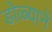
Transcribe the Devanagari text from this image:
डोळ्यानें